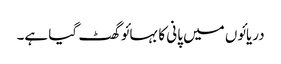
دریائوں میں پانی کا بہائو گھٹ گیا ہے۔